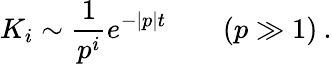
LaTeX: K_{i}\sim\frac{1}{p^{i}}e^{-|p|t}\qquad(p\gg 1)\: .